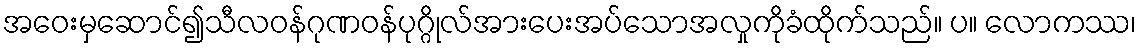
အဝေးမှဆောင်၍သီလဝန်ဂုဏဝန်ပုဂ္ဂိုလ်အားပေးအပ်သောအလှုကိုခံထိုက်သည်။ ပ။ လောကဿ၊